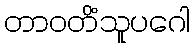
တာဝတိံသူပဂေါ